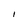
Character: 1